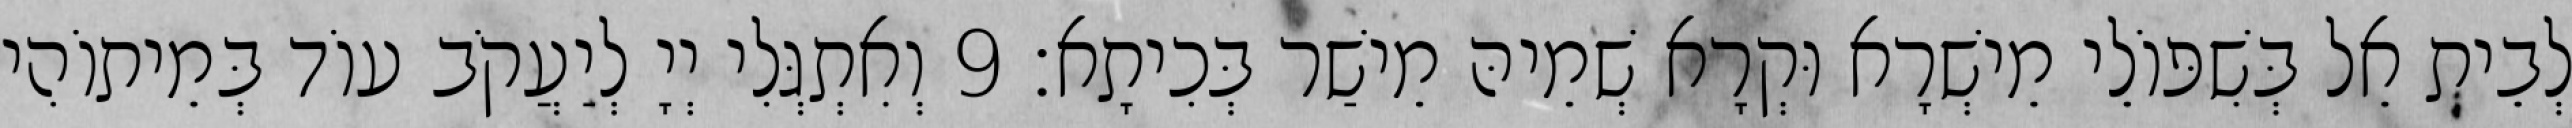
לְבֵית אֵל בְּשִׁפּוֹלֵי מֵישְׁרָא וּקְרָא שְׁמֵיהּ מֵישַׁר בְּכִיתָא׃ 9 וְאִתְגְּלִי יְיָ לְיַעֲקֹב עוֹד בְּמֵיתוֹהִי